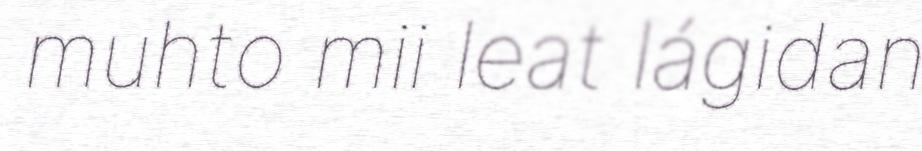
muhto mii leat lágidan